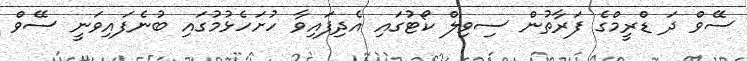
ސޭވް ދަ ޑްރީމްގެ ފަރާތުން ސިވިލް ކޯޓުގައި އެދިފައިވާ ހުށަހެޅުމުގައި ބުނެފައިވަނީ ސޭވް